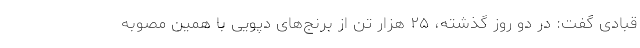
قبادی گفت: در دو روز گذشته، ۲۵ هزار تن از برنج‌های دپویی با همین مصوبه